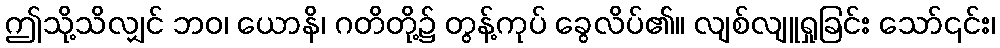
ဤသို့သိလျှင် ဘဝ၊ ယောနိ၊ ဂတိတို့၌ တွန့်ကုပ် ခွေလိပ်၏။ လျစ်လျူရှုခြင်း သော်၎င်း၊